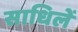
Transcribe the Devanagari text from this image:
साधिलें